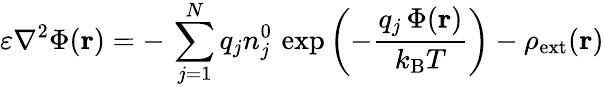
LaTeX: \varepsilon\nabla^{2}\Phi(\mathbf{r})=-\, \sum_{j=1}^{N}q_{j}n_{j}^{0}\, \exp\left(-{\frac{q_{j}\, \Phi(\mathbf{r})}{k_{\mathrm{{B}}}T}}\right)-\rho_{\mathrm{{ext}}}(\mathbf{r})